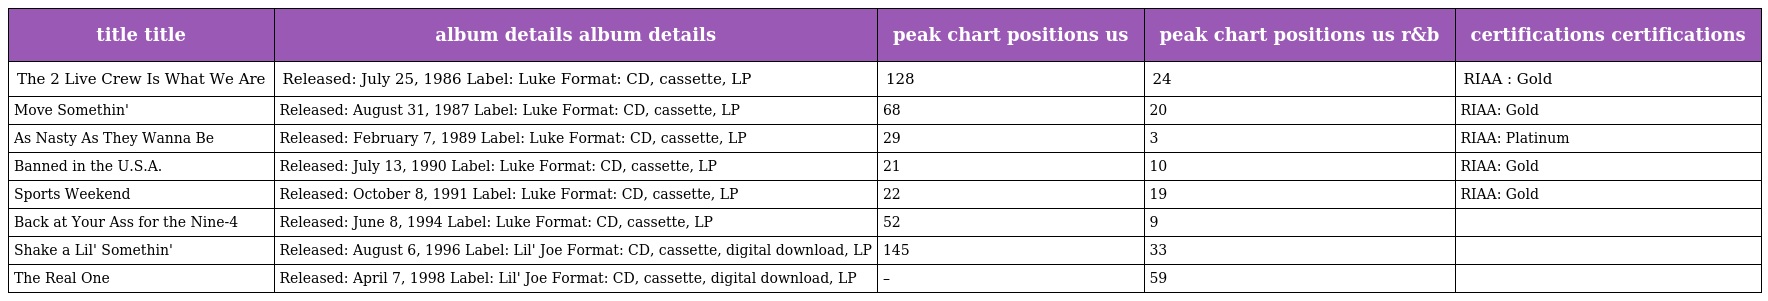
| title title | album details album details | peak chart positions us | peak chart positions us r&b | certifications certifications |
 | --- | --- | --- | --- | --- |
 | The 2 Live Crew Is What We Are | Released: July 25, 1986 Label: Luke Format: CD, cassette, LP | 128 | 24 | RIAA : Gold |
 | Move Somethin' | Released: August 31, 1987 Label: Luke Format: CD, cassette, LP | 68 | 20 | RIAA: Gold |
 | As Nasty As They Wanna Be | Released: February 7, 1989 Label: Luke Format: CD, cassette, LP | 29 | 3 | RIAA: Platinum |
 | Banned in the U.S.A. | Released: July 13, 1990 Label: Luke Format: CD, cassette, LP | 21 | 10 | RIAA: Gold |
 | Sports Weekend | Released: October 8, 1991 Label: Luke Format: CD, cassette, LP | 22 | 19 | RIAA: Gold |
 | Back at Your Ass for the Nine-4 | Released: June 8, 1994 Label: Luke Format: CD, cassette, LP | 52 | 9 |  |
 | Shake a Lil' Somethin' | Released: August 6, 1996 Label: Lil' Joe Format: CD, cassette, digital download, LP | 145 | 33 |  |
 | The Real One | Released: April 7, 1998 Label: Lil' Joe Format: CD, cassette, digital download, LP | – | 59 |  |